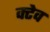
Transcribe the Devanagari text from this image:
क्टेव